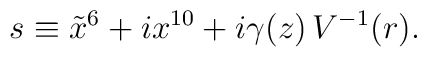
s \equiv \tilde{x}^6 + i x^{10} + i \gamma(z)\,V^{-1}(r).